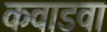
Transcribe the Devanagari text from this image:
कवाडवा